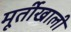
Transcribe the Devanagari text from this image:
मूर्तीखाली